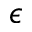
\boldsymbol { \epsilon }